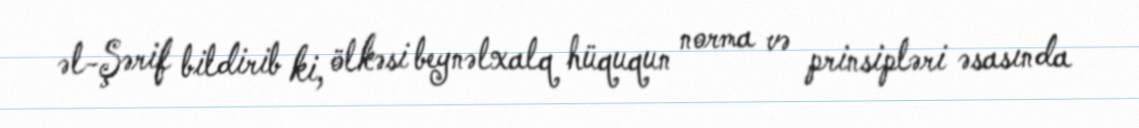
əl-Şərif bildirib ki, ölkəsi beynəlxalq hüququn norma və prinsipləri əsasında